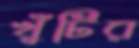
খুঁটির